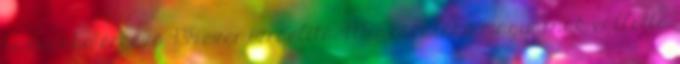
hazánkba érkező 935 ezer izraelita 99,5 százaléka magyarnak vallotta